Senior Leaving Certificate Examination (including Day School Certificate (Higher) General paper), 1950
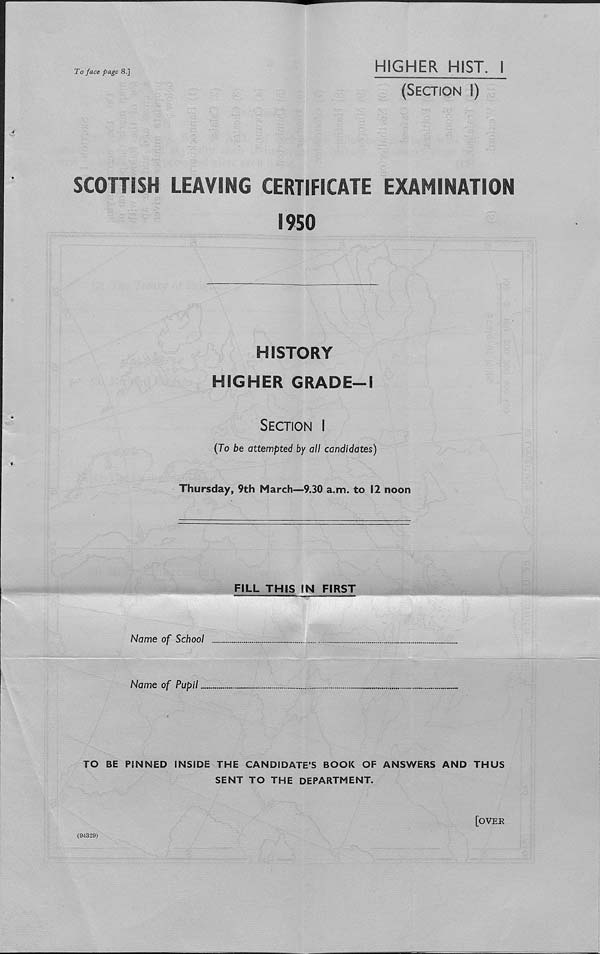
To face page 8.]
HIGHER HIST. I
(Section I)
SCOTTISH LEAVING CERTIFICATE EXAMINATION
1950
HISTORY
HIGHER GRADE-1
Section I
(To be attempted by all candidates)
Thursday, 9th March—9.30 a.m. to 12 noon
FILL THIS IN FIRST
Name of School
Name of Pupil
TO BE PINNED INSIDE THE CANDIDATE’S BOOK OF ANSWERS AND THUS
SENT TO THE DEPARTMENT.
[over
(91329)